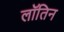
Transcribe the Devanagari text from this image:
लॉतिन